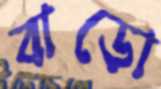
বাড়ো